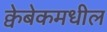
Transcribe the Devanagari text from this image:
क्वेबेकमधील